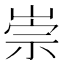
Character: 崇